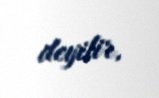
deyilir.